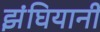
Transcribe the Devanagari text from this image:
झंघियानी